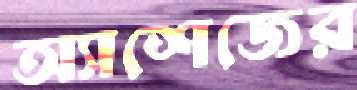
অ্যাশেজের